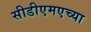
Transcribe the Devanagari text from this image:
सीडीएमएच्या